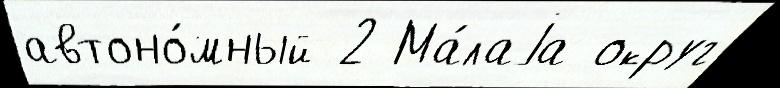
автоно́мный 2 Ма́лаjа округ